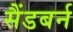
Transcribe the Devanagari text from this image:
सैंडबर्न